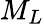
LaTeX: M_{L}